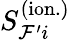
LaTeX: S_{\mathcal{F}^{\prime}i}^{(\mathrm{ion.})}